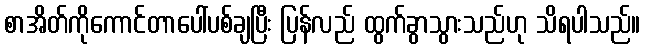
စာအိတ်ကိုကောင်တာပေါ်ပစ်ချပြီး ပြန်လည် ထွက်ခွာသွားသည်ဟု သိရပါသည်။